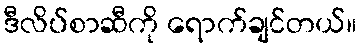
ဒီလိပ်စာဆီကို ရောက်ချင်တယ်။